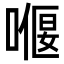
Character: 𠼸